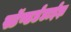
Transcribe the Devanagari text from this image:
स्टॅण्डर्डडाईझ